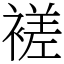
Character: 褨